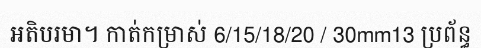
អតិបរមា។ កាត់កម្រាស់ 6/15/18/20 / 30mm13 ប្រព័ន្ធ